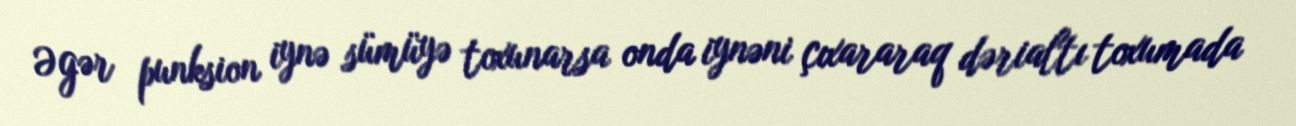
Əgər punksion iynə sümüyə toxunarsa onda iynəni çıxararaq dərialtı toxumada